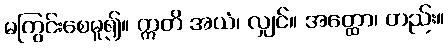
မကြွင်းစေမူ၍။ ဣတိ အယံ၊ လျှင်။ အတ္ထော၊ တည်း။